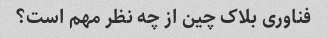
فناوری بلاک چین از چه نظر مهم است؟